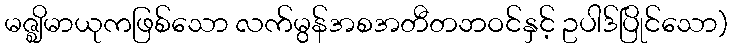
မဇ္ဈိမာယုကဖြစ်သော လက်မွန်အစအတီတဘဝင်နှင့် ဥပါဒ်ပြိုင်သော)